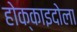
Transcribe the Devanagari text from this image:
होक्काइदोला